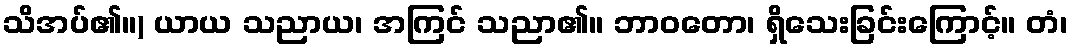
သိအပ်၏။) ယာယ သညာယ၊ အကြင် သညာ၏။ ဘာဝတော၊ ရှိသေးခြင်းကြောင့်။ တံ၊